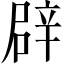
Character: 辟